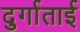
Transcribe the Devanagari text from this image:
दुर्गाताई